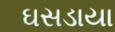
ઘસડાયા